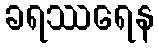
ခရဿရေန